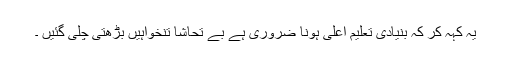
یہ کہہ کر کہ بنیادی تعلیم اعلیٰ ہونا ضروری ہے بے تحاشا تنخواہیں بڑھتی چلی گئیں ۔